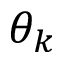
\theta _ { k }